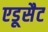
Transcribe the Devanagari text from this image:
एडूसैट